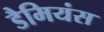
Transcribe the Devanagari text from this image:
डैमियंस